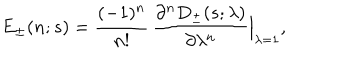
E _ { \pm } ( n ; s ) = { \frac { ( - 1 ) ^ { n } } { n ! } } \, { \frac { \partial ^ { n } D _ { \pm } ( s ; \lambda ) } { \partial \lambda ^ { n } } } \Bigr \vert _ { \lambda = 1 } ,